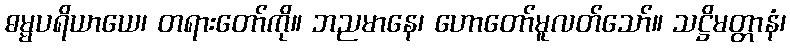
ဓမ္မပရိယာယေ၊ တရားတော်ကို။ ဘညမာနေ၊ ဟောတော်မူလတ်သော်။ သဋ္ဌိမတ္တာနံ၊